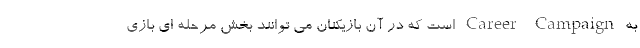
به Career Campaign است که در آن بازیکنان می توانند بخش مرحله ای بازی